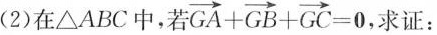
(2)在△ABC中，若 $$\overrightarrow { G A } + \overrightarrow { G B } +